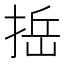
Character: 捳